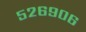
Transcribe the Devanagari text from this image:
५२६९०६